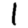
Digit: 1